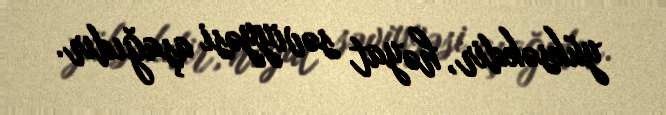
yüksəkdir, həyat səviyyəsi aşağıdır.